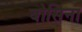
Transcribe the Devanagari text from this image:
बोसिना